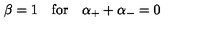
\beta = 1 \quad \mathrm { f o r } \quad \alpha _ { + } + \alpha _ { - } = 0